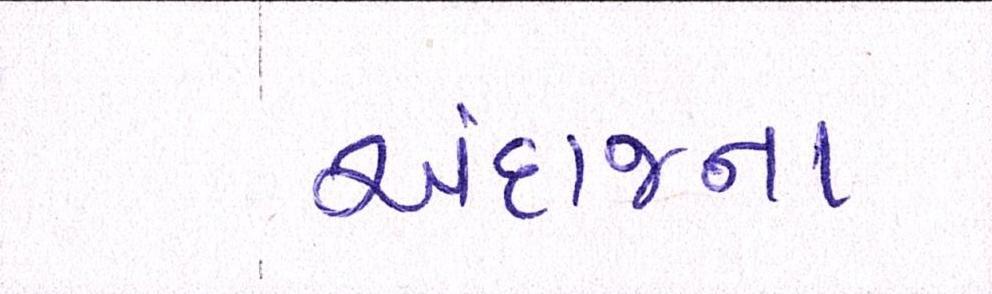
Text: અંદાજના